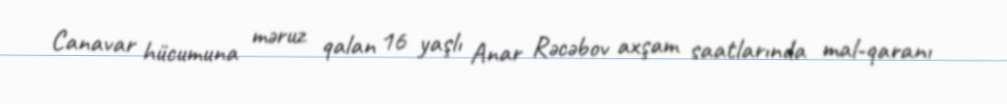
Canavar hücumuna məruz qalan 16 yaşlı Anar Rəcəbov axşam saatlarında mal-qaranı